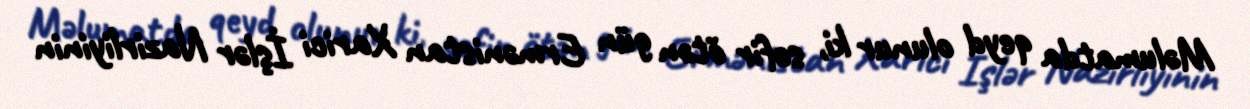
Məlumatda qeyd olunur ki, səfir ötən gün Ermənistan Xarici İşlər Nazirliyinin